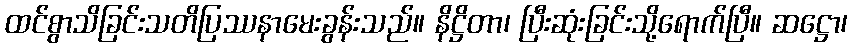
ထင်စွာသိခြင်းသတိပြဿနာမေးခွန်းသည်။ နိဋ္ဌိတာ၊ ပြီးဆုံးခြင်းသို့ရောက်ပြီ။ ဆဋ္ဌော၊